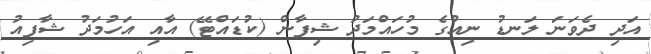
އަދި ދެވަނަ ލަނޑު ނިއުގެ މުހައްމަދު ޝިފާން (ކުޑައްޓޭ) އާއި އަހުމަދު ޝާފިއު